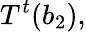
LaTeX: T^{t}(b_{2}),